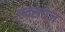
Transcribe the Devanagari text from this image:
एक्सरेज़